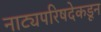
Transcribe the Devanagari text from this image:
नाट्यपरिषदेकडून